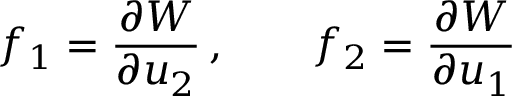
f _ { 1 } = \frac { \partial W } { \partial u _ { 2 } } \, , \qquad f _ { 2 } = \frac { \partial W } { \partial u _ { 1 } }